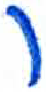
אות: ר